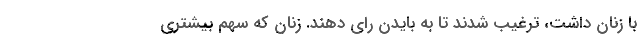
با زنان داشت، ترغیب شدند تا به بایدن رای دهند. زنان که سهم بیشتری